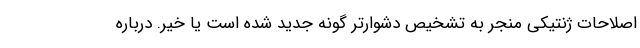
اصلاحات ژنتیکی منجر به تشخیص دشوارتر گونه جدید شده است یا خیر. درباره